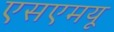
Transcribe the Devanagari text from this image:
एसएमयू